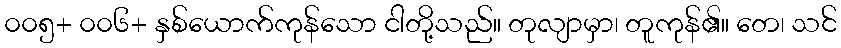
၀၀၅+ ၀၀၆+ နှစ်ယောက်ကုန်သော ငါတို့သည်။ တုလျာမှာ၊ တူကုန်၏။ တေ၊ သင်